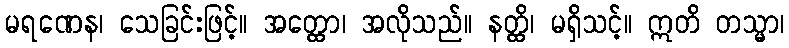
မရဏေန၊ သေခြင်းဖြင့်။ အတ္ထော၊ အလိုသည်။ နတ္ထိ၊ မရှိသင့်။ ဣတိ တသ္မာ၊